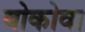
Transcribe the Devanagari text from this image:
बोकोवा